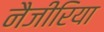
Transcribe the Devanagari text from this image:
नैजीरिया